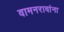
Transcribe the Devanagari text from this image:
वामनरावांना